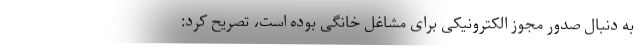
به دنبال صدور مجوز الکترونیکی برای مشاغل خانگی بوده است، تصریح کرد: